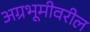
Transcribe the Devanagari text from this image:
अग्रभूमीवरील